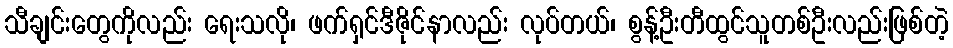
သီချင်းတွေကိုလည်း ရေးသလို၊ ဖက်ရှင်ဒီဇိုင်နာလည်း လုပ်တယ်၊ စွန့်ဦးတီထွင်သူတစ်ဦးလည်းဖြစ်တဲ့